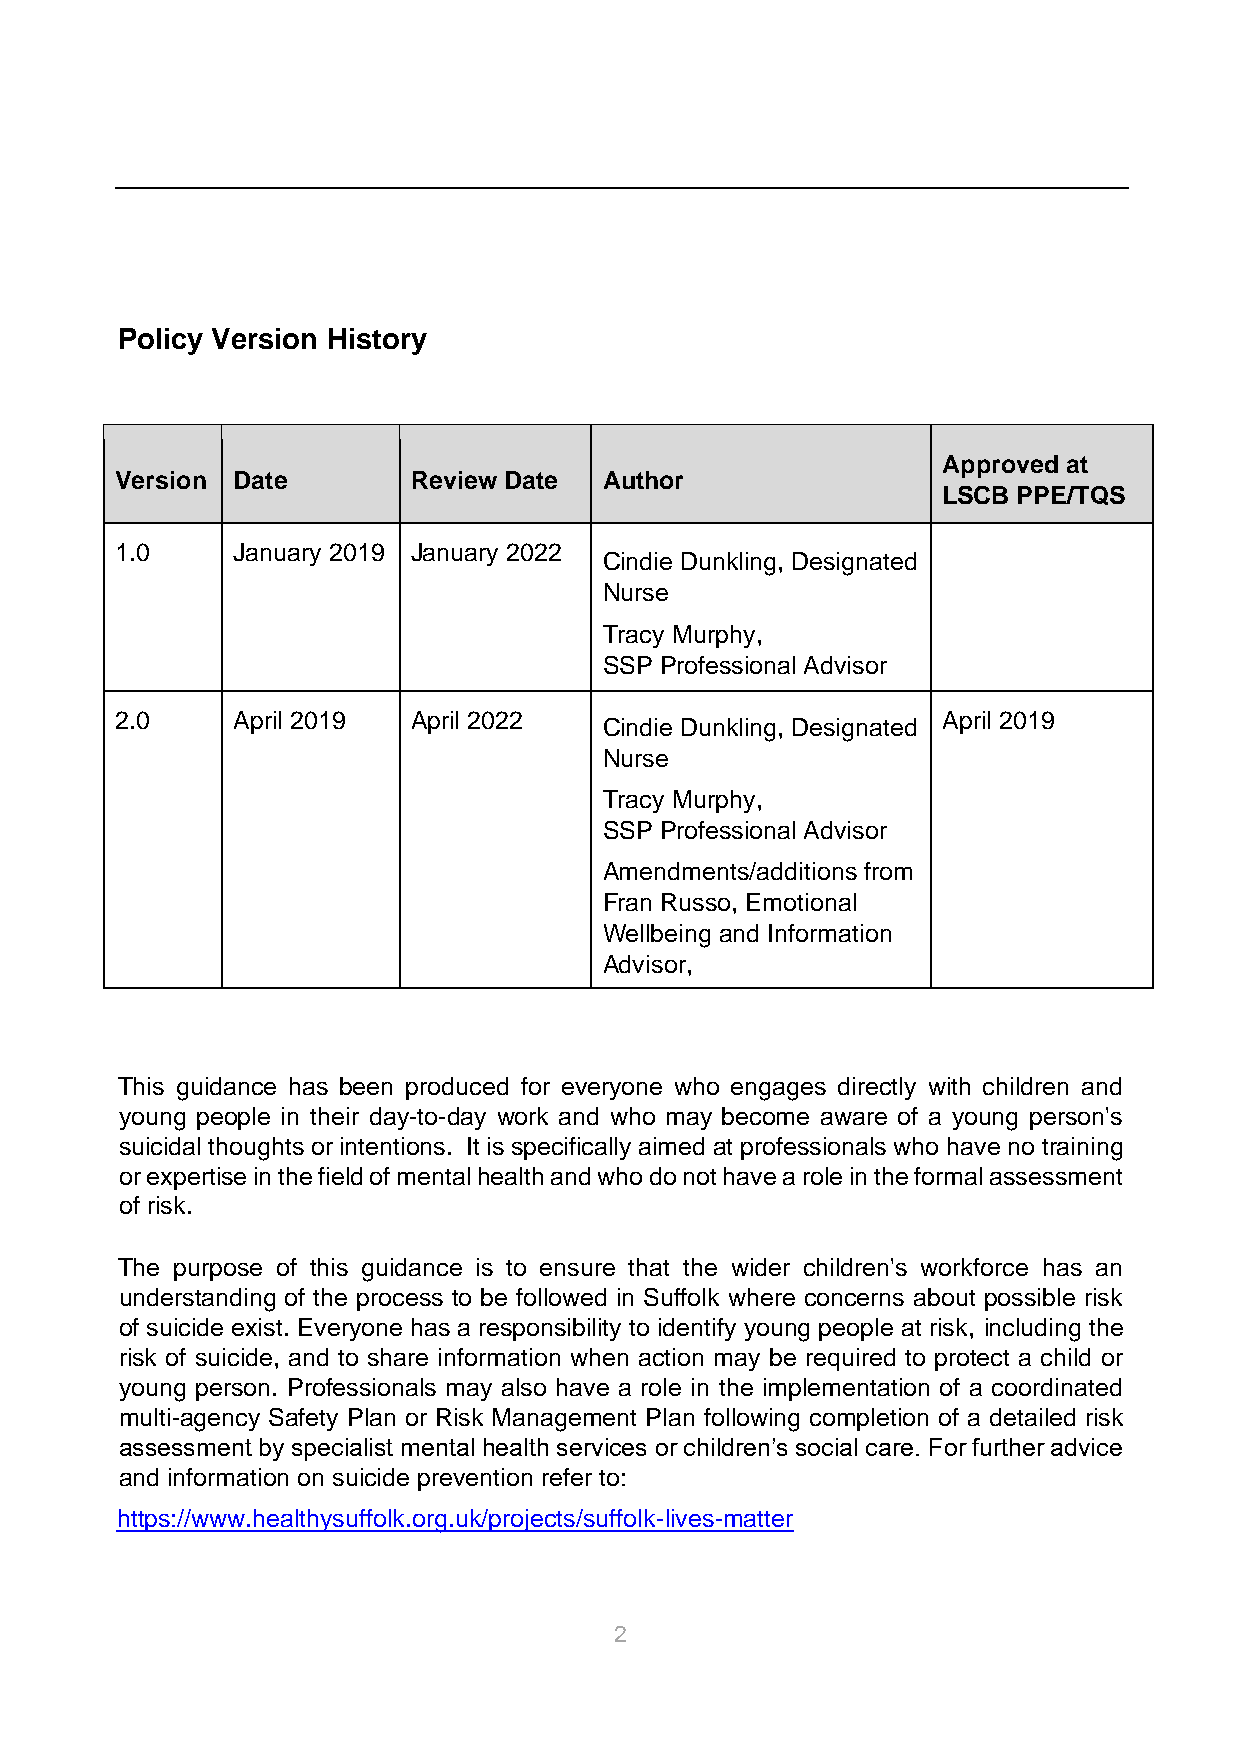
Policy Version History
 Approved at
 Version Date       Review Date  Author
 LSCB PPE/TQS
 1.0    January 2019 January 2022
 Cindie Dunkling, Designated
 Nurse
 Tracy Murphy,
 SSP Professional Advisor
 2.0    April 2019  April 2022                         April 2019
 Cindie Dunkling, Designated
 Nurse
 Tracy Murphy,
 SSP Professional Advisor
 Amendments/additions from
 Fran Russo, Emotional
 Wellbeing and Information
 Advisor,
 This guidance has been produced for everyone who engages directly with children and
 young people in their day-to-day work and who may become aware of a young person's
 suicidal thoughts or intentions. It is specifically aimed at professionals who have no training
 or expertise in the field of mental health and who do not have a role in the formal assessment
 of risk.
 The purpose of this guidance is to ensure that the wider children's workforce has an
 understanding of the process to be followed in Suffolk where concerns about possible risk
 of suicide exist. Everyone has a responsibility to identify young people at risk, including the
 risk of suicide, and to share information when action may be required to protect a child or
 young person. Professionals may also have a role in the implementation of a coordinated
 multi-agency Safety Plan or Risk Management Plan following completion of a detailed risk
 assessment by specialist mental health services or children’s social care. For further advice
 and information on suicide prevention refer to:
 https://www.healthysuffolk.org.uk/projects/suffolk-lives-matter
 2